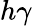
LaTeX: h\gamma